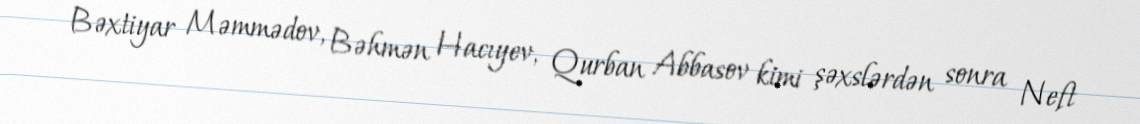
Bəxtiyar Məmmədov, Bəhmən Hacıyev, Qurban Abbasov kimi şəxslərdən sonra Neft